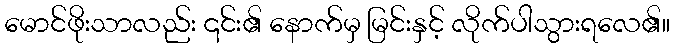
မောင်ဖိုးသာလည်း ၎င်း၏ နောက်မှ မြင်းနှင့် လိုက်ပါသွားရလေ၏။